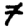
Digit: 7